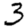
Digit: 3